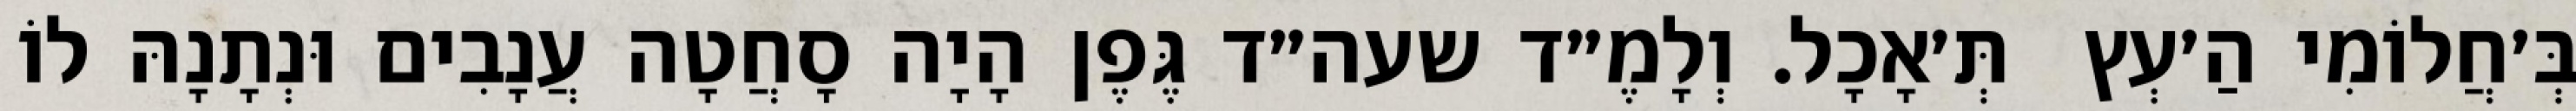
בְּ׳חֲלוֹמִי הַ׳עְץ  תְּ׳אָכָל. וְלָמֶ״ד שעה״ד גֶּפֶן הָיָה סָחֲטָה עֲנָבִים וּנְתָנָהּ לוֹ